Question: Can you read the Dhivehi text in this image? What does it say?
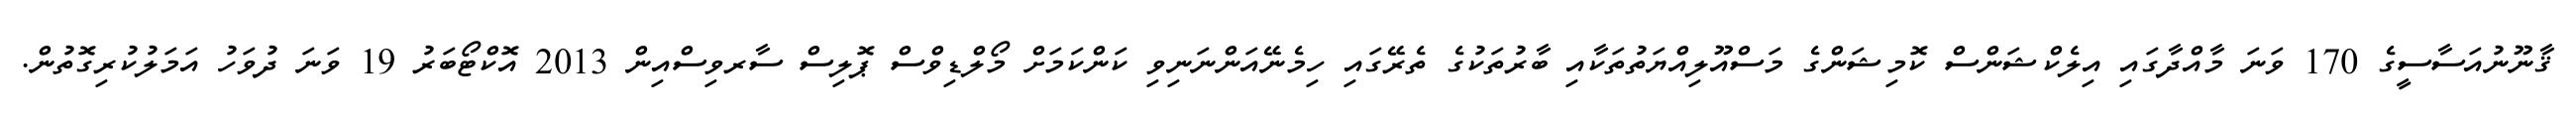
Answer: ޤާނޫނުއަސާސީގެ 170 ވަނަ މާއްދާގައި އިލެކްޝަންސް ކޮމިޝަންގެ މަސްއޫލިއްޔަތުތަކާއި ބާރުތަކުގެ ތެރޭގައި ހިމެނޭއަންނަނިވި ކަންކަމަށް މޯލްޑިވްސް ޕޮލިސް ސާރވިސްއިން 2013 އޮކްޓޯބަރު 19 ވަނަ ދުވަހު އަމަލުކުރިގޮތުން.